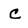
Character: C